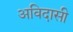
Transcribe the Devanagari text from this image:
अविदासी